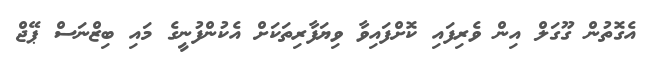
އެގޮތުން ގޫގަލް އިން ވެރިފައި ކޮށްފައިވާ ވިޔަފާރިތަކަށް އެކުންފުނީގެ މައި ބިޒްނަސް ޕޭޖް